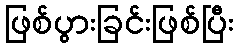
ဖြစ်ပွားခြင်းဖြစ်ပြီး